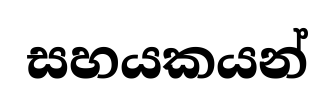
සහයකයන්